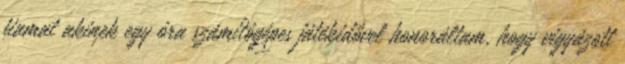
fiamat akinek egy óra számítógépes játékidővel honoráltam, hogy vigyázott